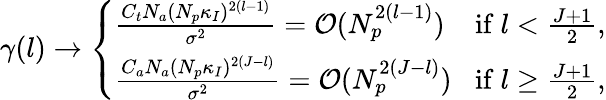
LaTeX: \begin{array}{r}{{\gamma}(l)\rightarrow\left\{ \begin{array}{ll}{\frac{C_{t}N_{a}(N_{p}\kappa_{I})^{2(l-1)}}{\sigma^{2}}=\mathcal{O}(N_{p}^{2(l-1)})}&{\! {\mathrm{if}~}l<\frac{J+1}{2},}\\ {\frac{C_{a}N_{a}(N_{p}\kappa_{I})^{2(J-l)}}{\sigma^{2}}=\mathcal{O}(N_{p}^{2(J-l)})}&{\! {\mathrm{if}~}l\geq\frac{J+1}{2},}\end{array}\right.}\end{array}